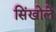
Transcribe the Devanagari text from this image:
सिंखोले